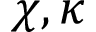
\chi , \kappa